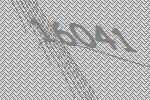
16041